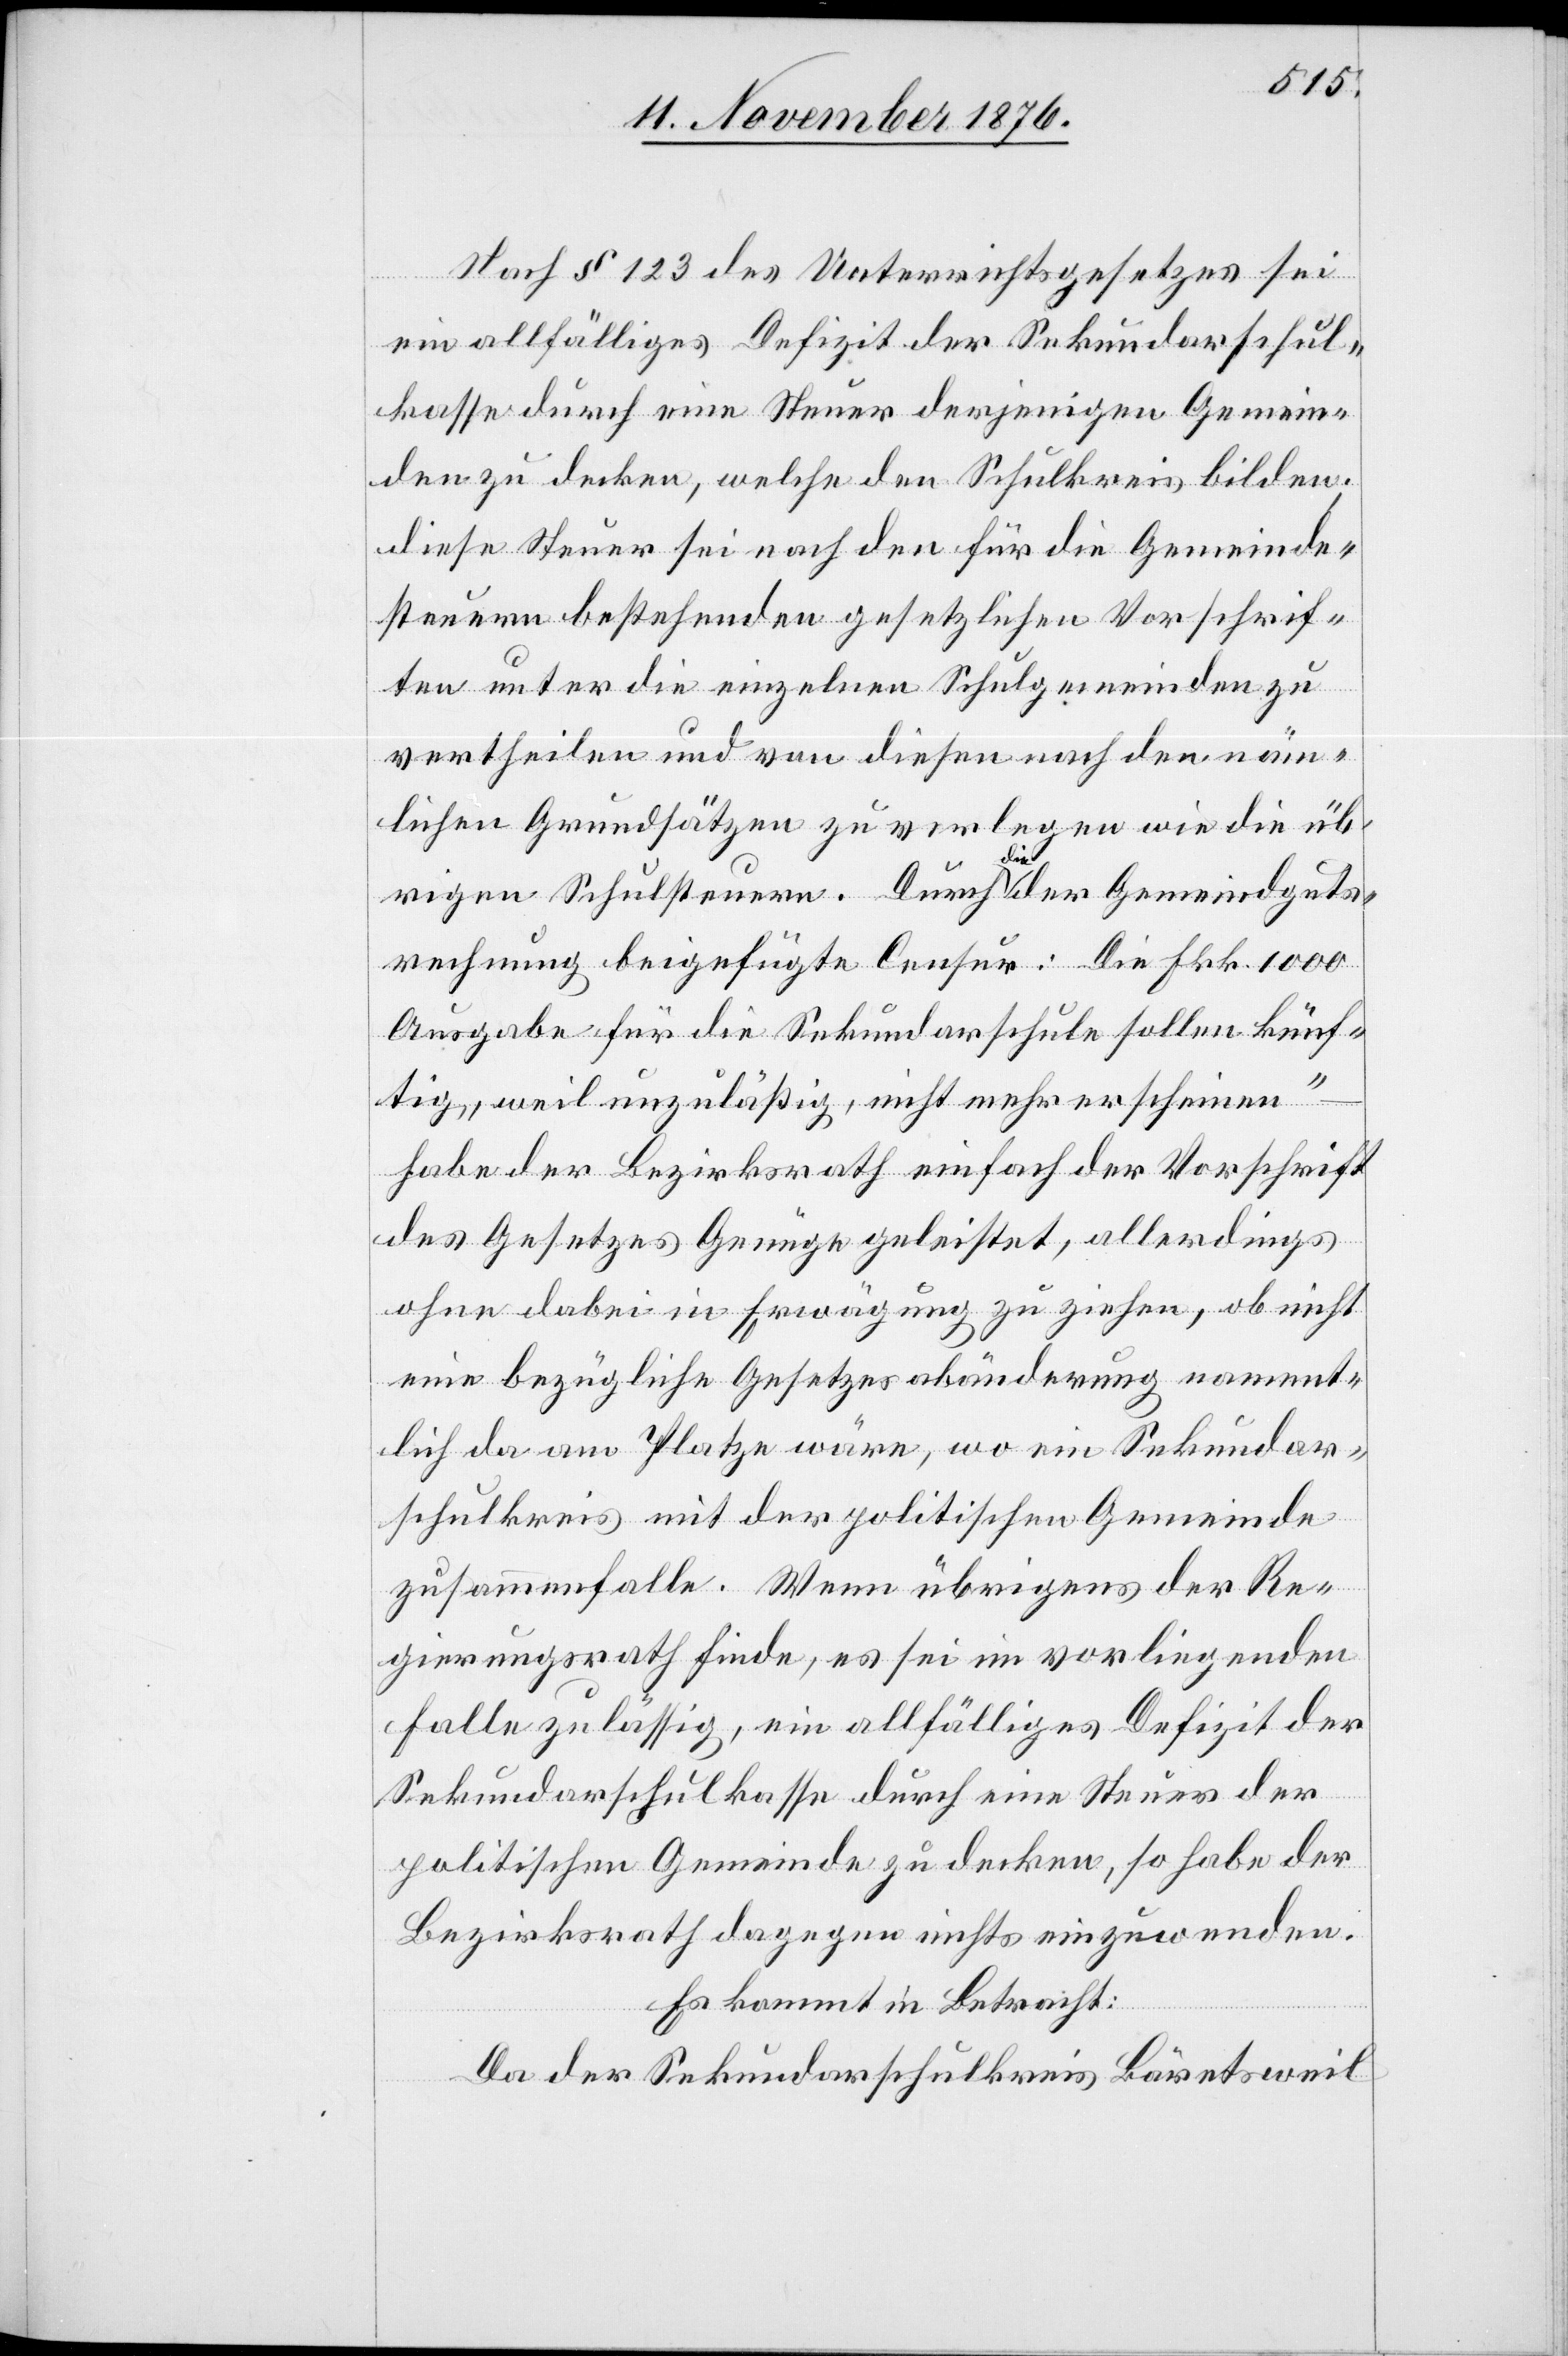
Nach § 123 des Unterrichtsgesetzes sei
ein allfälliges Defizit der Sekundarschul¬
kasse durch eine Steuer derjenigen Gemein¬
den zu decken, welche den Schulkreis bilden;
diese Steuer sei nach den für die Gemeinde¬
steuern bestehenden gesetzlichen Vorschrif¬
ten unter die einzelnen Schulgemeinden zu
vertheilen und von diesen nach den näm¬
lichen Grundsätzen zu verlegen wie die üb¬
rigen Schulsteuern. Durch die der Gemeindguts¬
rechnung beigefügte Censur: [„]Die Frk. 1000
Ausgabe für die Sekundarschule sollen künf¬
tig, weil unzuläßig, nicht mehr erscheinen“
habe der Bezirksrath einfach der Vorschrift
des Gesetzes Genüge geleistet, allerdings
ohne dabei in Erwägung zu ziehen, ob nicht
eine bezügliche Gesetzesabänderung nament¬
lich da am Platze wäre, wo ein Sekundar¬
schulkreis mit der politischen Gemeinde
zusammenfalle. Wenn übrigens der Re¬
gierungsrath finde, es sei im vorliegenden
Falle zulässig, ein allfälliges Defizit der
Sekundarschulkasse durch eine Steuer der
politischen Gemeinden zu decken, so habe der
Bezirksrath dagegen nichts einzuwenden.
Es kommt in Betracht:
Da der Sekundarschulkreis Bäretsweil